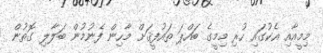
މިމީއާއި އެކުގައި ހުރި މިމީގެ ބައްޕަ ތައުފީޤަށް މާހިން ފެނުމުން ބަލާލި ގޮތުން